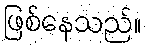
ဖြစ်နေသည်။